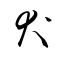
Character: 犬